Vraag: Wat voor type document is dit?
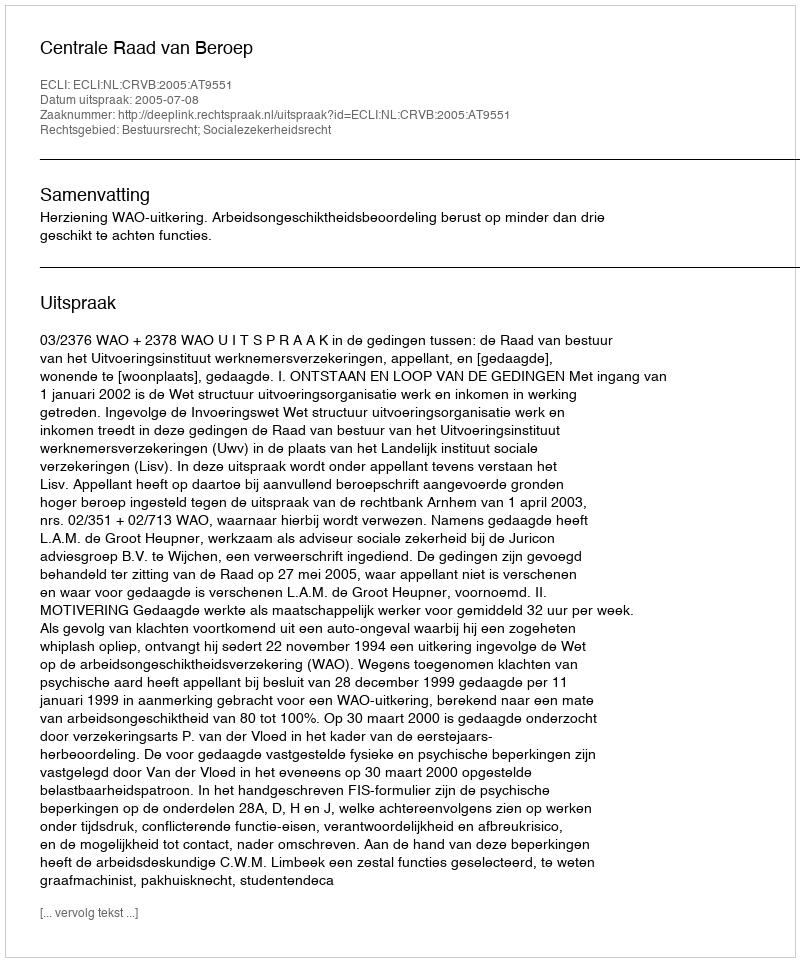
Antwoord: Uitspraak